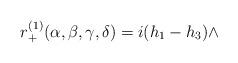
LaTeX: \begin{align*}r_{+}^{(1)}(\alpha, \beta, \gamma, \delta)=i(h_{1}-h_{3})\wedge\end{align*}